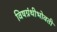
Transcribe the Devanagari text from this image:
विषग्रंथीभोवती